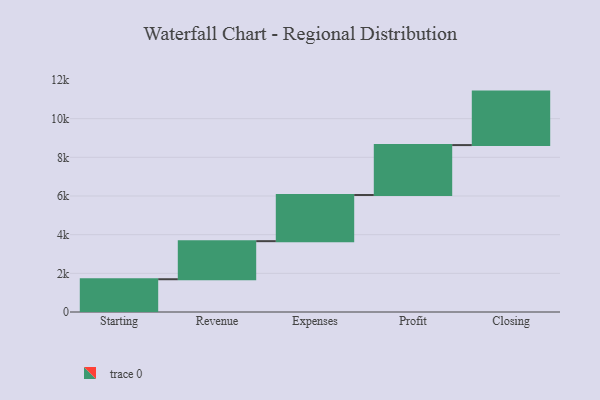
{"axis": {"x": "Step", "y": "Value"}, "legend": [""], "data": [{"x": "Starting", "y": 1695.0, "type": ""}, {"x": "Revenue", "y": 1969.0, "type": ""}, {"x": "Expenses", "y": 2387.0, "type": ""}, {"x": "Profit", "y": 2582.0, "type": ""}, {"x": "Closing", "y": 2766.0, "type": ""}]}